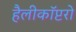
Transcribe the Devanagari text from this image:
हैलीकॉप्टरो